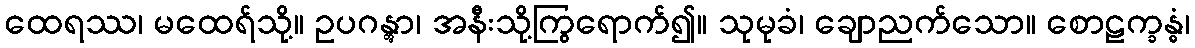
ထေရဿ၊ မထေရ်သို့။ ဥပဂန္တွာ၊ အနီးသို့ကြွရောက်၍။ သုမုခံ၊ ချောညက်သော။ စောဠက္ခန္ဓံ၊